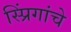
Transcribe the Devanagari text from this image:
स्प्रिंगांचे